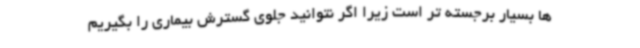
ها بسیار برجسته تر است زیرا اگر نتوانید جلوی گسترش بیماری را بگیریم